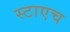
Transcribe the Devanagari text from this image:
स्टाएच